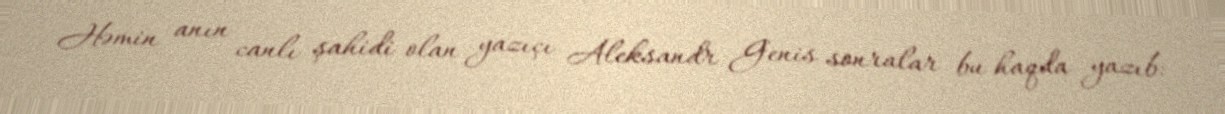
Həmin anın canlı şahidi olan yazıçı Aleksandr Genis sonralar bu haqda yazıb: